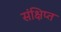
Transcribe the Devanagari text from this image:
संक्षिप्‍त